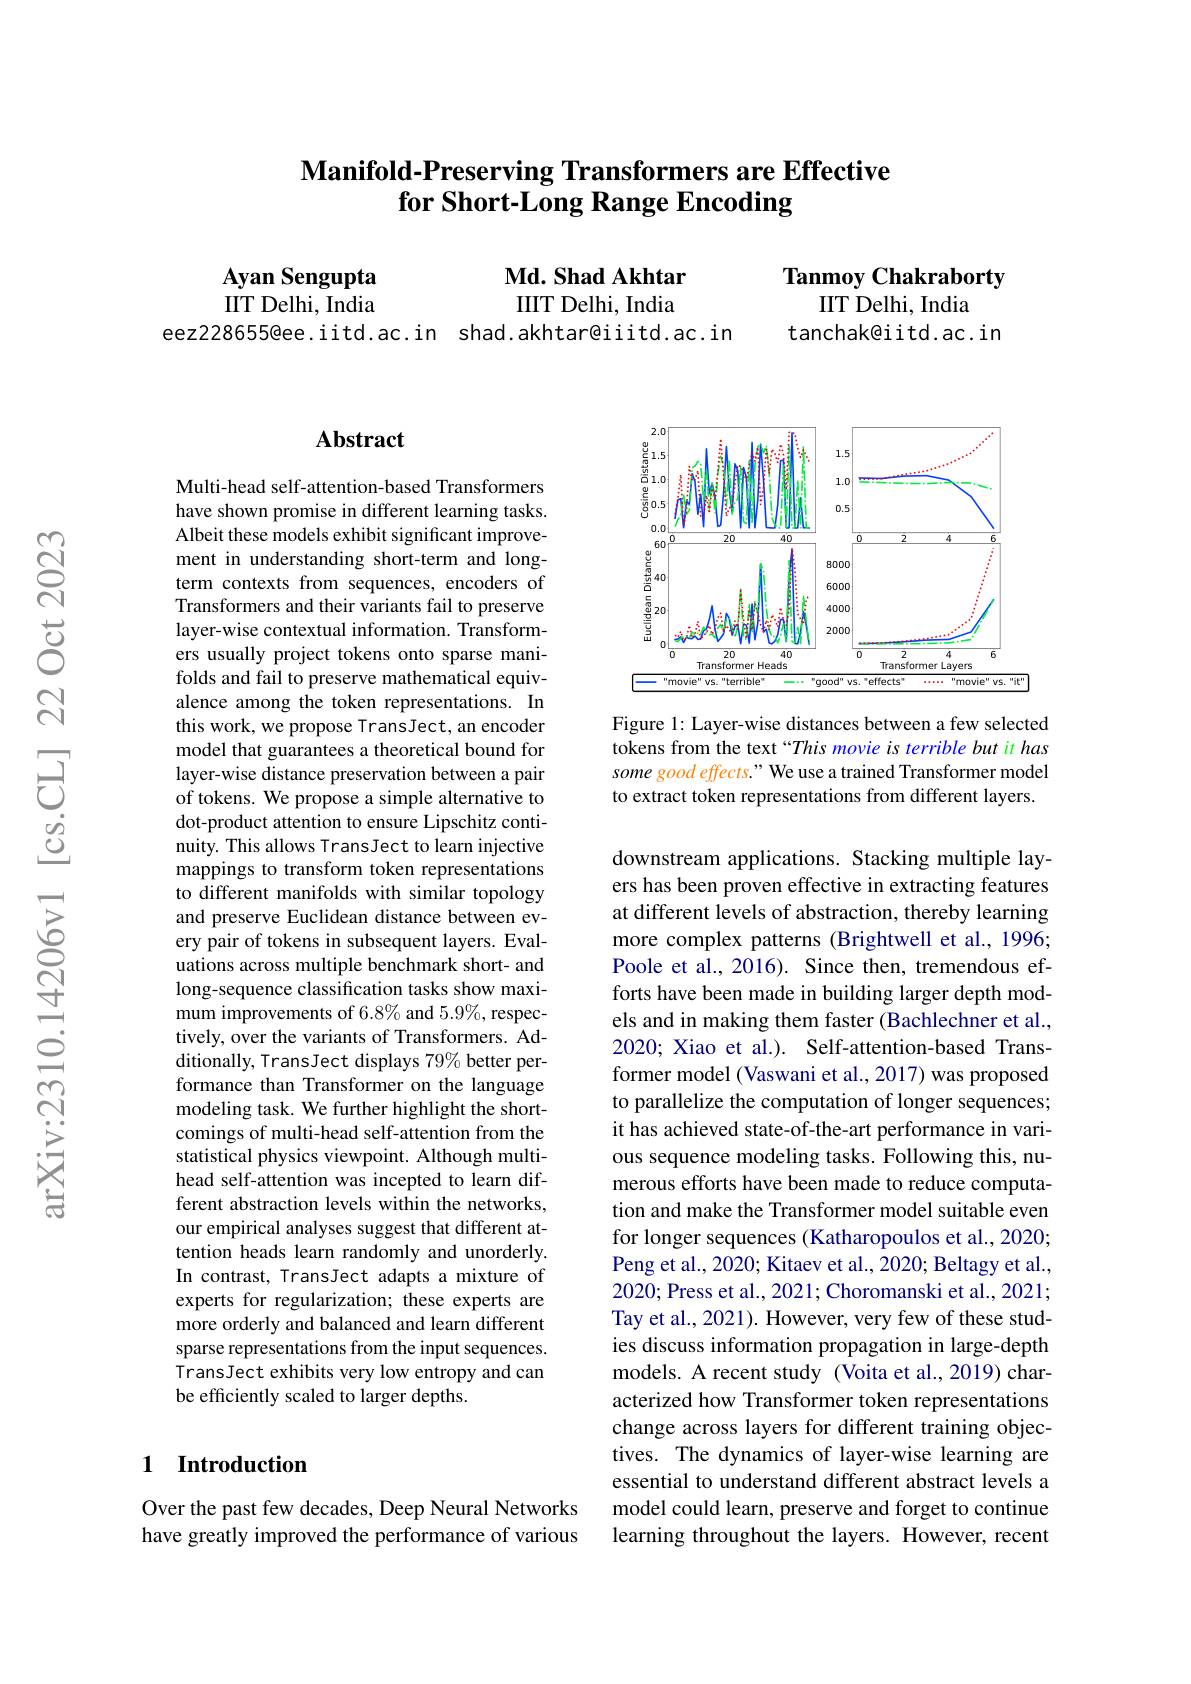
## $\textbf{Manifold- Preserving Transformers are Effective}$ for Short-Long Range Encoding

Tanmoy Chakraborty

$\mathbf{Md.ShadAkhtar}$ IIIT Delhi, India
eez228655@ee.iitd.ac.in shad.akhtar@iiitd.ac.in

Ayan Sengupta IIT Delhi, India

IIT Delhi, India

tanchak@iitd.ac.in

## Abstract

Multi-head self-attention-based Transformers have shown promise in different learning tasks. Albeit these models exhibit significant improvement in understanding short-term and longterm contexts from sequences, encoders of Transformers and their variants fail to preserve layer-wise contextual information. Transformers usually project tokens onto sparse manifolds and fail to preserve mathematical equivalence among the token representations. In this work, we propose TransJect, an encoder model that guarantees a theoretical bound for layer-wise distance preservation between a pair of tokens. We propose a simple alternative to dot-product attention to ensure Lipschitz continuity. This allows TransJect to learn injective mappings to transform token representations to different manifolds with similar topology and preserve Euclidean distance between every pair of tokens in subsequent layers. Evaluations across multiple benchmark short- and long-sequence classification tasks show maximum improvements of 6.8% and 5.9%, respectively, over the variants of Transformers. Additionally, TransJect displays 79% better performance than Transformer on the language modeling task. We further highlight the shortcomings of multi-head self-attention from the statistical physics viewpoint. Although multihead self-attention was incepted to learn different abstraction levels within the networks, our empirical analyses suggest that different attention heads learn randomly and unorderly. In contrast, TransJect adapts a mixture of experts for regularization; these experts are more orderly and balanced and learn different sparse representations from the input sequences. $\hat{\text{TransJect exhibits very low entropy and can}}$ be efficiently scaled to larger depths.

### 1 Introduction

Over the past few decades, Deep Neural Networks have greatly improved the performance of various

<FigureHere>

Figure 1: Layer-wise distances between a few selected tokens from the text “This movie is terrible but it has some good effects." We use a trained Transformer model to extract token representations from different layers.

downstream applications. Stacking multiple layers has been proven effective in extracting features at different levels of abstraction, thereby learning more complex patterns (Brightwell et al., 1996; Poole et al., 2016). Since then, tremendous efforts have been made in building larger depth models and in making them faster (Bachlechner et al., 2020; Xiao et al.). Self-attention-based Transformer model (Vaswani et al., 2017) was proposed to parallelize the computation of longer sequences; it has achieved state-of-the-art performance in various sequence modeling tasks. Following this, numerous efforts have been made to reduce computation and make the Transformer model suitable even for longer sequences (Katharopoulos et al., 2020; Peng et al., 2020; Kitaev et al., 2020; Beltagy et al., 2020; Press et al., 2021; Choromanski et al., 2021; Tay et al., 2021). However, very few of these studies discuss information propagation in large-depth models. A recent study (Voita et al.,2019) characterized how Transformer token representations change across layers for different training objectives. The dynamics of layer-wise learning are essential to understand different abstract levels a model could learn, preserve and forget to continue learning throughout the layers. However, recent